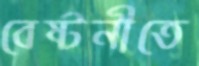
বেষ্টনীতে